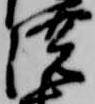
濃